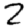
Digit: 2